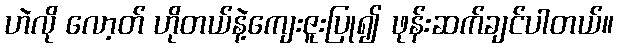
ဟဲလို လော့တ် ဟိုတယ်နဲ့ကျေးဇူးပြု၍ ဖုန်းဆက်ချင်ပါတယ်။